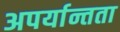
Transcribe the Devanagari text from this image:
अपर्यान्तता